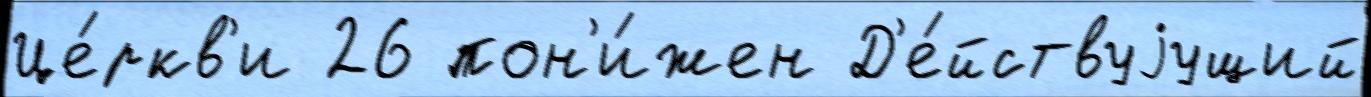
Це́ркв'и 26 пон'и́жен Д'е́йствуjущий